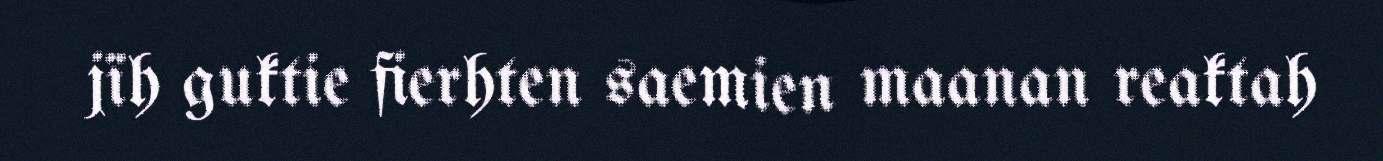
jïh guktie fierhten saemien maanan reaktah